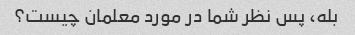
بله، پس نظر شما در مورد معلمان چیست؟